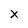
Character: x